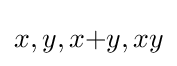
x,y,x{+}y,xy